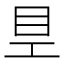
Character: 𥃿